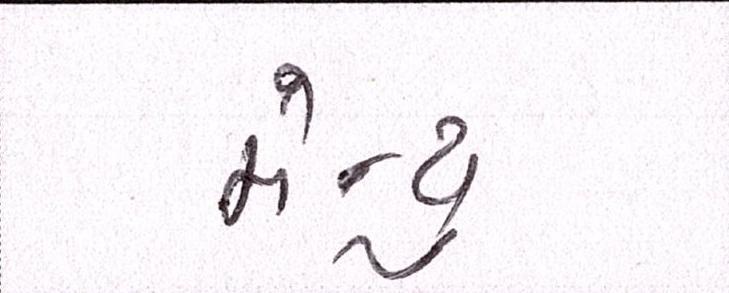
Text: મેન્યુ